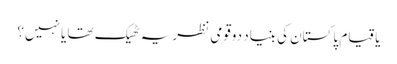
یاقیام پاکستان کی بنیاد دوقومی نظریہ ٹھیک تھا یا نہیں؟